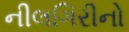
નીલગિરીનો